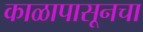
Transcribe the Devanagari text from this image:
काळापासूनचा